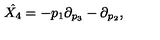
\hat { X _ { 4 } } = - p _ { 1 } \partial _ { p _ { 3 } } - \partial _ { p _ { 2 } } ,